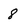
Character: 8